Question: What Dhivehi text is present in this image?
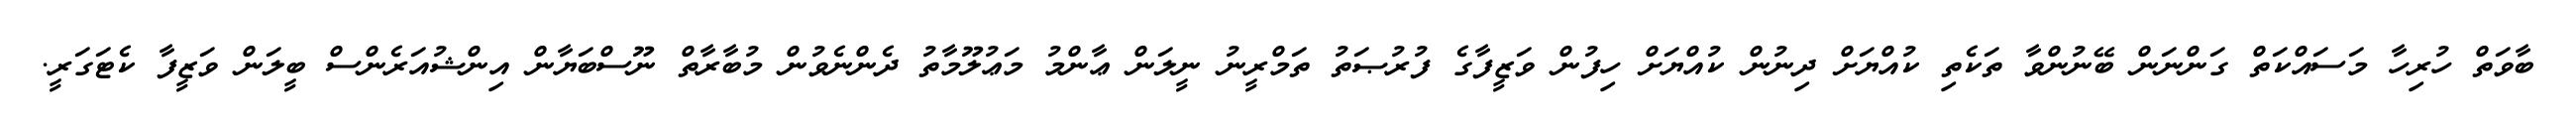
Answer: ބާވަތް ހުރިހާ މަސައްކަތް ގަންނަން ބޭނުންވާ ތަކެތި ކުއްޔަށް ދިނުން ކުއްޔަށް ހިފުން ވަޒީފާގެ ފުރުޞަތު ތަމްރީނު ނީލަން ޢާންމު މަޢުލޫމާތު ދެންނެވުން މުބާރާތް ނޫސްބަޔާން އިންޝުއަރެންސް ބީލަން ވަޒީފާ ކެޓަގަރީ.